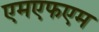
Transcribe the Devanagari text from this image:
एमएफएम